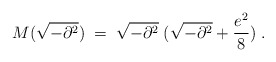
\begin{align*}M(\sqrt{-\partial^2})\;=\; \sqrt{-\partial^2} \; ( \sqrt{-\partial^2}+ \frac{e^2}{8}) \;.\end{align*}